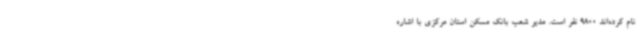
نام کرده‌اند 9800 نفر است. مدیر شعب بانک مسکن استان مرکزی با اشاره